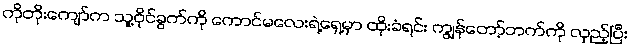
ကိုတိုးကျော်က သူ့ဝိုင်ခွက်ကို ကောင်မလေးရဲ့ရှေ့မှာ ထိုးခံရင်း ကျွန်တော့်ဘက်ကို လှည့်ပြီး